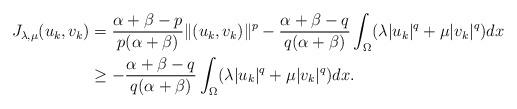
LaTeX: \begin{align*}J_{\lambda,\mu}(u_k,v_k)&=\frac{\alpha+\beta-p}{p(\alpha+\beta)}\|(u_k,v_k)\|^p-\frac{\alpha+\beta-q}{q(\alpha+\beta)}\int_\Omega (\lambda |u_k|^{q}+\mu |v_k|^{q})dx\\&\geq -\frac{\alpha+\beta-q}{q(\alpha+\beta)}\int_\Omega (\lambda |u_k|^{q}+\mu |v_k|^{q})dx.\end{align*}